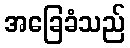
အခြေခံသည်